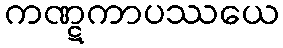
ကဏ္ဋကာပဿယေ